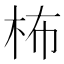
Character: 柨